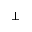
\bot